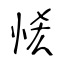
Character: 恡